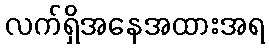
လက်ရှိအနေအထားအရ